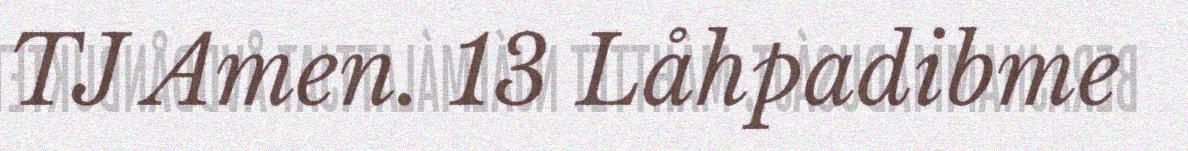
TJ Amen. 13 Låhpadibme